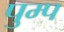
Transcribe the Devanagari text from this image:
पुम्प